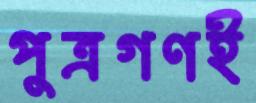
পুত্রগণই